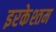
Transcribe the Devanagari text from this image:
इरकेश्तम